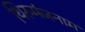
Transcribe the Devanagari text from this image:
थिरुमंजनाम